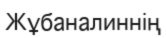
Жұбаналиннің